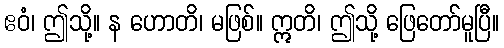
ဧဝံ၊ ဤသို့။ န ဟောတိ၊ မဖြစ်။ ဣတိ၊ ဤသို့ ဖြေတော်မူပြီ။